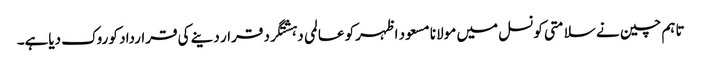
تاہم چین نے سلامتی کونسل میں مولانا مسعود اظہرکو عالمی دہشتگرد قرار دینے کی قرارداد کو روک دیاہے۔